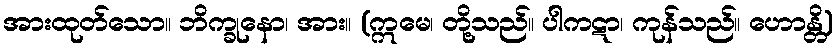
အားထုတ်သော။ ဘိက္ခုနော၊ အား။ (ဣမေ၊ တို့သည်။ ပါကဋာ၊ ကုန်သည်။ ဟောန္တိ)